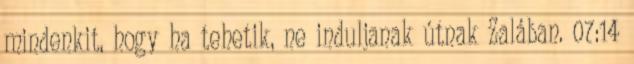
mindenkit, hogy ha tehetik, ne induljanak útnak Zalában. 07:14